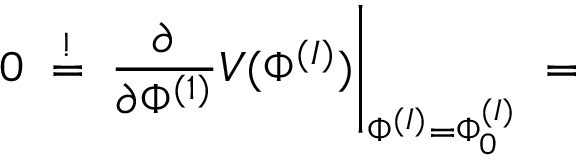
0 \; \stackrel { ! } { = } \; \frac { \partial } { \partial \Phi ^ { ( 1 ) } } V ( \Phi ^ { ( I ) } ) \Bigg | _ { \Phi ^ { ( I ) } = \Phi _ { 0 } ^ { ( I ) } } \; =